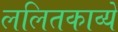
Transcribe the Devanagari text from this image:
ललितकाव्ये